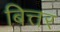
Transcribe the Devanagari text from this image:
बित्तर